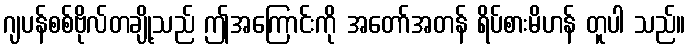
ဂျပန်စစ်ဗိုလ်တချို့သည် ဤအကြောင်းကို အတော်အတန် ရိပ်စားမိဟန် တူပါ သည်။